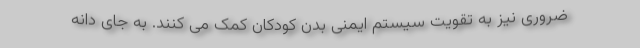
ضروری نیز به تقویت سیستم ایمنی بدن کودکان کمک می کنند. به جای دانه